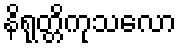
နိရုတ္တိကုသလော